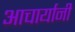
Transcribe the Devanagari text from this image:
आचार्यानी